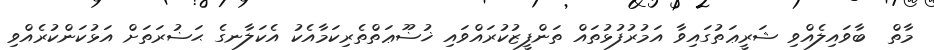
މާތް  ބާވައިލެއްވި ޝަރީޢަތުގައިވާ އަމުރުފުޅުތައް ތަންފީޒުކުރައްވައި ޚުޟޫޢަތްތެރިކަމާއެކު އެކަލާނގެ ޙަޟުރަތަށް އަޅުކަންކުރެއްވި